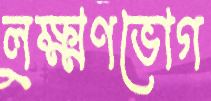
লক্ষ্মণভোগ